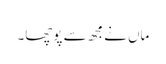
ماں نےمجھ سے پوچھا۔